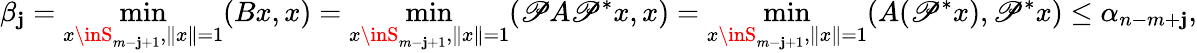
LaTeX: \beta_{\mathbf{j}}=\operatorname*{min}_{x\inS_{m-\mathbf{j}+1},\| x\| =1}(Bx,x)=\operatorname*{min}_{x\inS_{m-\mathbf{j}+1},\| x\| =1}(\mathscr{P}A\mathscr{P}^{*}x,x)=\operatorname*{min}_{x\inS_{m-\mathbf{j}+1},\| x\| =1}(A(\mathscr{P}^{*}x),\mathscr{P}^{*}x)\leq\alpha_{n-m+\mathbf{j}},